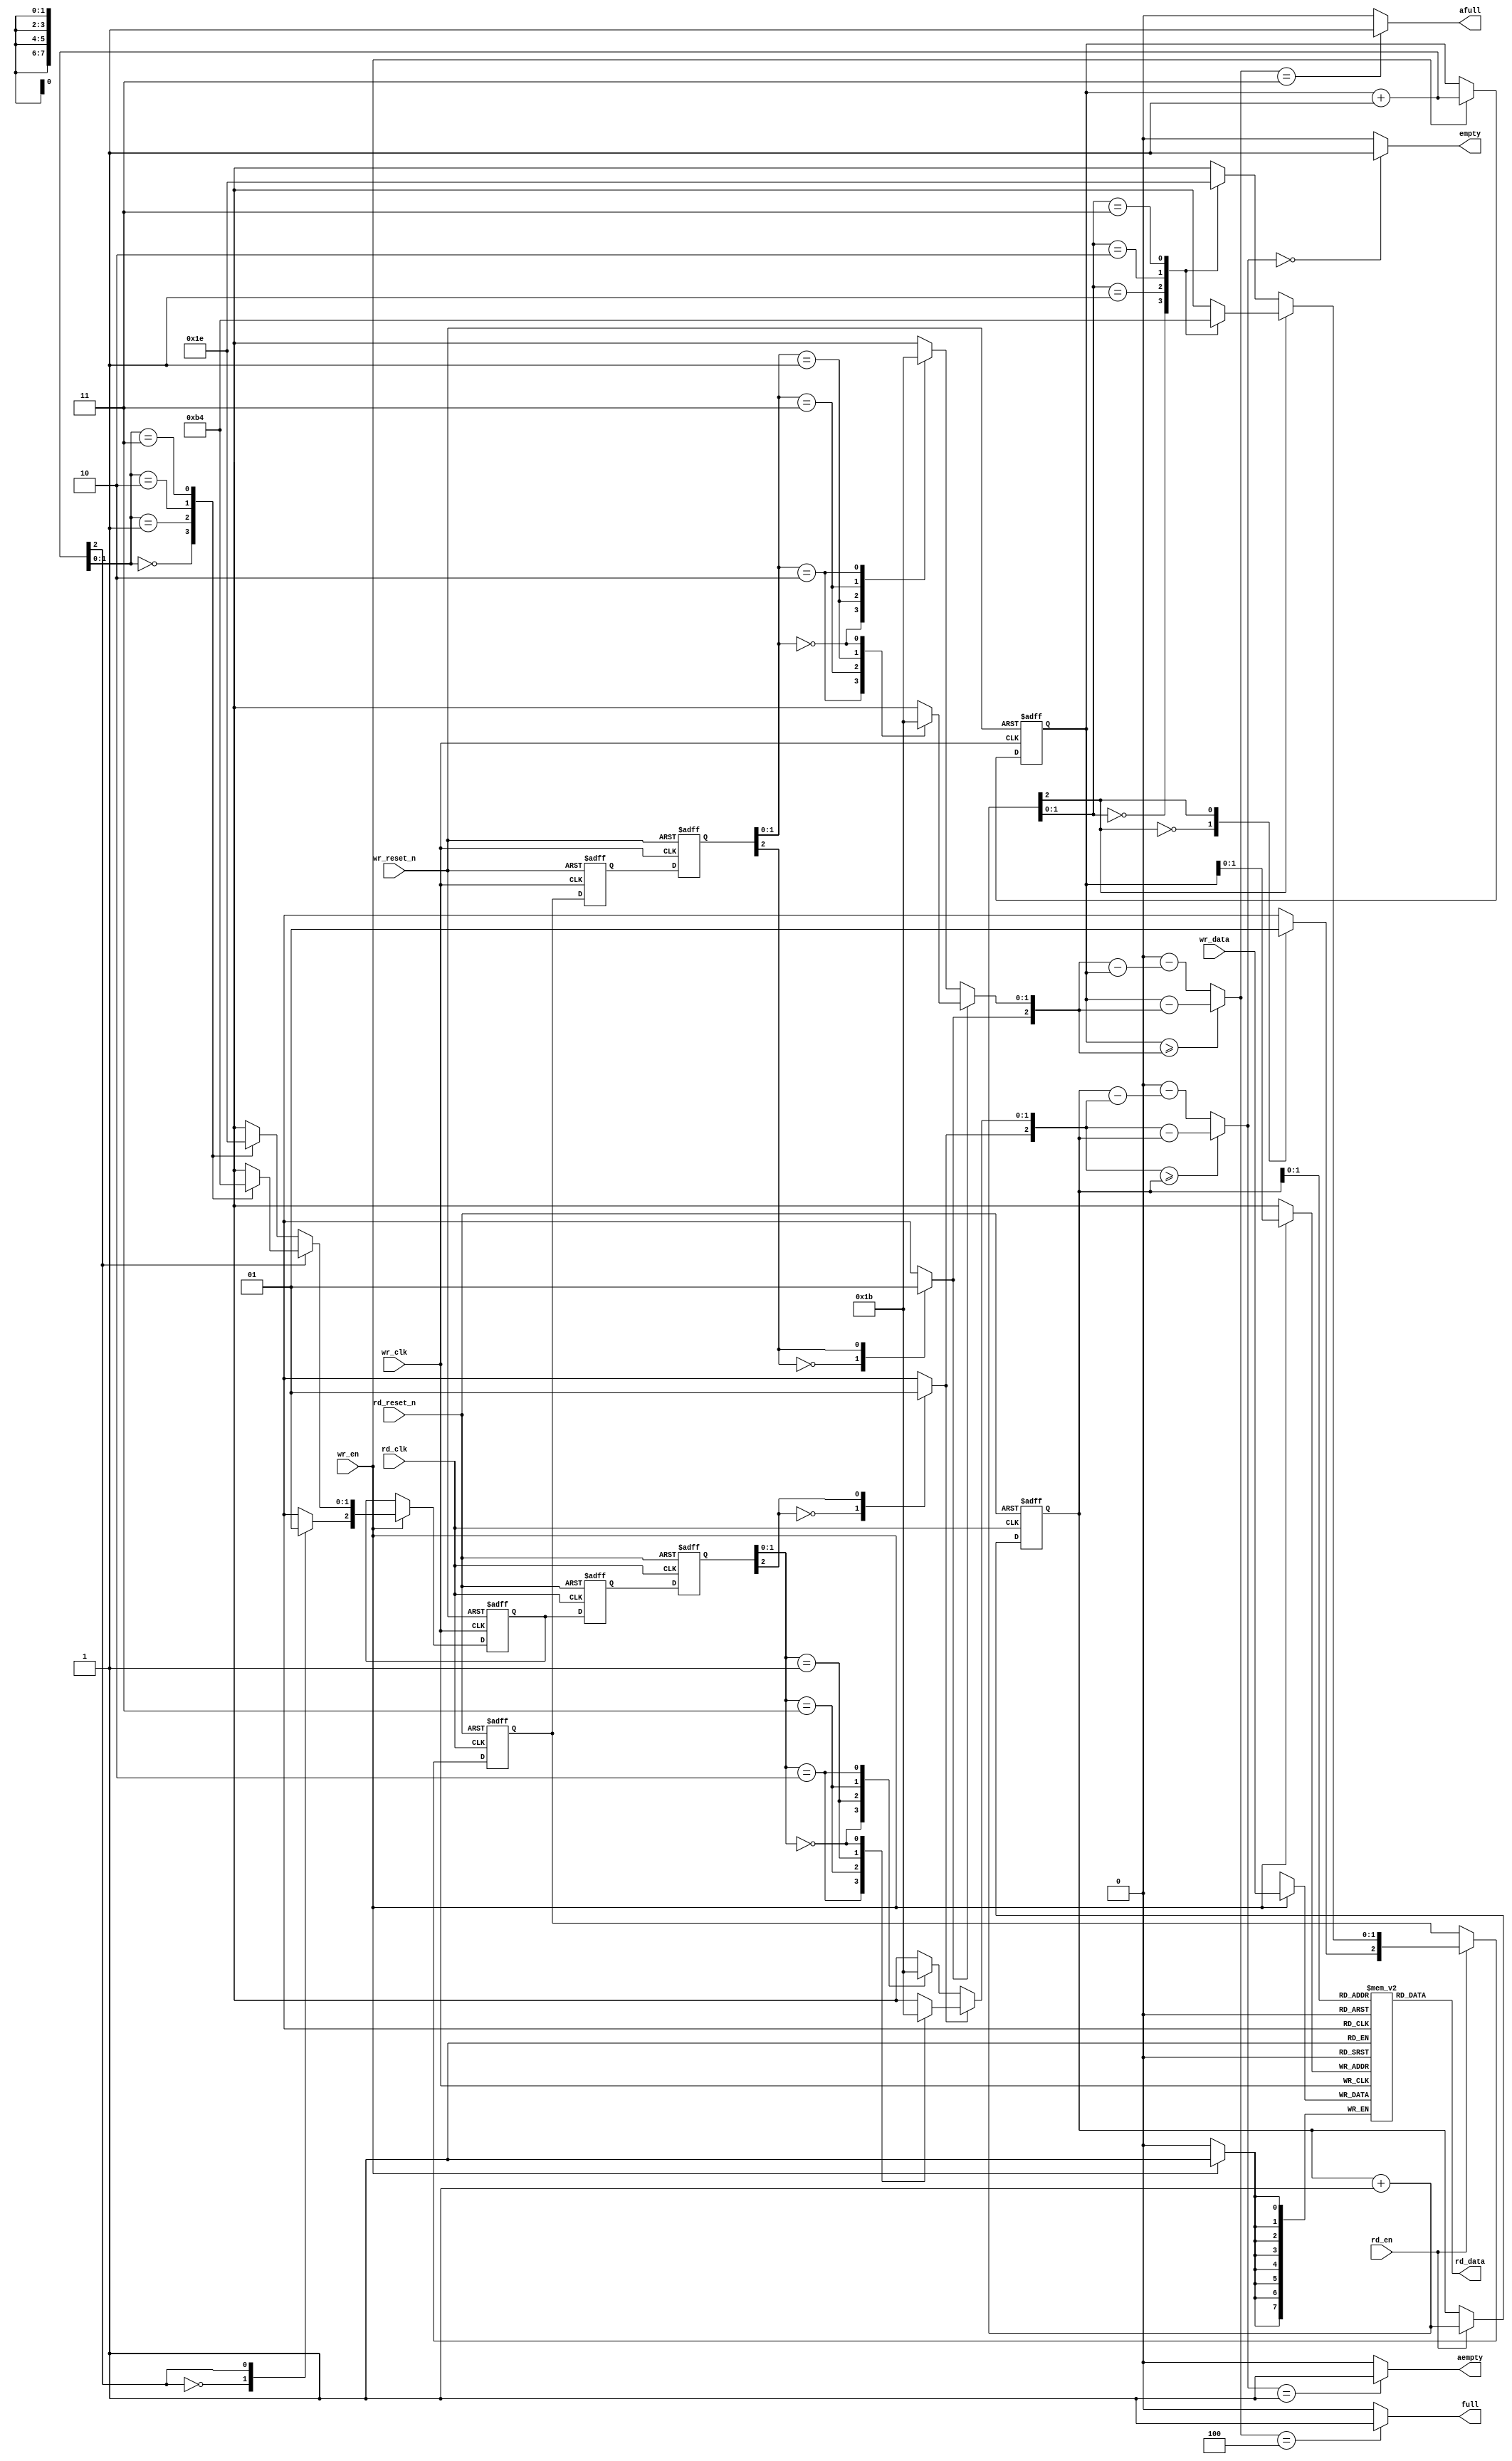
/*********************************************************************
                                                              
  ASYNC FIFO
                                                              
  This file is part of the sdram controller project           
  http://www.opencores.org/cores/sdr_ctrl/                    
                                                              
  Description: ASYNC FIFO 
                                                              
  To Do:                                                      
    nothing                                                   
                                                              
  Author(s):  Dinesh Annayya, dinesha@opencores.org                 
                                                             
 Copyright (C) 2000 Authors and OPENCORES.ORG                
                                                             
 This source file may be used and distributed without         
 restriction provided that this copyright statement is not    
 removed from the file and that any derivative work contains  
 the original copyright notice and the associated disclaimer. 
                                                              
 This source file is free software; you can redistribute it   
 and/or modify it under the terms of the GNU Lesser General   
 Public License as published by the Free Software Foundation; 
 either version 2.1 of the License, or (at your option) any   
later version.                                               
                                                              
 This source is distributed in the hope that it will be       
 useful, but WITHOUT ANY WARRANTY; without even the implied   
 warranty of MERCHANTABILITY or FITNESS FOR A PARTICULAR      
 PURPOSE.  See the GNU Lesser General Public License for more 
 details.                                                     
                                                              
 You should have received a copy of the GNU Lesser General    
 Public License along with this source; if not, download it   
 from http://www.opencores.org/lgpl.shtml                     
                                                              
*******************************************************************/

//-------------------------------------------
// async FIFO
//-----------------------------------------------
`timescale  1ns/1ps

module async_fifo (wr_clk,
                   wr_reset_n,
                   wr_en,
                   wr_data,
                   full,                 // sync'ed to wr_clk
                   afull,                 // sync'ed to wr_clk
                   rd_clk,
                   rd_reset_n,
                   rd_en,
                   empty,                // sync'ed to rd_clk
                   aempty,                // sync'ed to rd_clk
                   rd_data);

   parameter W = 4'd8;
   parameter DP = 3'd4;
   parameter WR_FAST = 1'b1;
   parameter RD_FAST = 1'b1;
   parameter FULL_DP = DP;
   parameter EMPTY_DP = 1'b0;

   parameter AW = (DP == 2)   ? 1 : 
		  (DP == 4)   ? 2 :
                  (DP == 8)   ? 3 :
                  (DP == 16)  ? 4 :
                  (DP == 32)  ? 5 :
                  (DP == 64)  ? 6 :
                  (DP == 128) ? 7 :
                  (DP == 256) ? 8 : 0;

   output [W-1 : 0]  rd_data;
   input [W-1 : 0]   wr_data;
   input             wr_clk, wr_reset_n, wr_en, rd_clk, rd_reset_n,
                     rd_en;
   output            full, empty;
   output            afull, aempty;       // about full and about to empty


   // synopsys translate_off

   initial begin
      if (AW == 0) begin
         $display ("%m : ERROR!!! Fifo depth %d not in range 2 to 256", DP);
      end // if (AW == 0)
   end // initial begin

   // synopsys translate_on

   reg [W-1 : 0]    mem[DP-1 : 0];

   /*********************** write side ************************/
   reg [AW:0] sync_rd_ptr_0, sync_rd_ptr_1; 
   wire [AW:0] sync_rd_ptr;
   reg [AW:0] wr_ptr, grey_wr_ptr;
   reg [AW:0] grey_rd_ptr;
   reg full_q;
   wire full_c;
   wire afull_c;
   wire [AW:0] wr_ptr_inc = wr_ptr + 1'b1;
   wire [AW:0] wr_cnt = get_cnt(wr_ptr, sync_rd_ptr);

   assign full_c  = (wr_cnt == FULL_DP) ? 1'b1 : 1'b0;
   assign afull_c = (wr_cnt == FULL_DP-1) ? 1'b1 : 1'b0;


   always @(posedge wr_clk or negedge wr_reset_n) begin
	if (!wr_reset_n) begin
		wr_ptr <= 0;
		grey_wr_ptr <= 0;
		full_q <= 0;	
	end
	else if (wr_en) begin
		wr_ptr <= wr_ptr_inc;
		grey_wr_ptr <= bin2grey(wr_ptr_inc);
		if (wr_cnt == (FULL_DP-1)) begin
			full_q <= 1'b1;
		end
	end
	else begin
	    	if (full_q && (wr_cnt<FULL_DP)) begin
			full_q <= 1'b0;
	     	end
	end
    end

    assign full  = (WR_FAST == 1) ? full_c : full_q;
    assign afull = afull_c;

    always @(posedge wr_clk) begin
	if (wr_en) begin
		mem[wr_ptr[AW-1:0]] <= wr_data;
	end
    end

    wire [AW:0] grey_rd_ptr_dly ;
    assign #1 grey_rd_ptr_dly = grey_rd_ptr;

    // read pointer synchronizer
    always @(posedge wr_clk or negedge wr_reset_n) begin
	if (!wr_reset_n) begin
		sync_rd_ptr_0 <= 0;
		sync_rd_ptr_1 <= 0;
	end
	else begin
		sync_rd_ptr_0 <= grey_rd_ptr_dly;		
		sync_rd_ptr_1 <= sync_rd_ptr_0;
	end
    end

    assign sync_rd_ptr = grey2bin(sync_rd_ptr_1);

   /************************ read side *****************************/
   reg [AW:0] sync_wr_ptr_0, sync_wr_ptr_1; 
   wire [AW:0] sync_wr_ptr;
   reg [AW:0] rd_ptr;
   reg empty_q;
   wire empty_c;
   wire aempty_c;
   wire [AW:0] rd_ptr_inc = rd_ptr + 1'b1;
   wire [AW:0] sync_wr_ptr_dec = sync_wr_ptr - 1'b1;
   wire [AW:0] rd_cnt = get_cnt(sync_wr_ptr, rd_ptr);
 
   assign empty_c  = (rd_cnt == 0) ? 1'b1 : 1'b0;
   assign aempty_c = (rd_cnt == 1) ? 1'b1 : 1'b0;

   always @(posedge rd_clk or negedge rd_reset_n) begin
      if (!rd_reset_n) begin
         rd_ptr <= 0;
	 grey_rd_ptr <= 0;
	 empty_q <= 1'b1;
      end
      else begin
         if (rd_en) begin
            rd_ptr <= rd_ptr_inc;
            grey_rd_ptr <= bin2grey(rd_ptr_inc);
            if (rd_cnt==(EMPTY_DP+1)) begin
               empty_q <= 1'b1;
            end
         end
         else begin
            if (empty_q && (rd_cnt!=EMPTY_DP)) begin
	      empty_q <= 1'b0;
	    end
         end
       end
    end

    assign empty  = (RD_FAST == 1) ? empty_c : empty_q;
    assign aempty = aempty_c;

    reg [W-1 : 0]  rd_data_q;

   wire [W-1 : 0] rd_data_c = mem[rd_ptr[AW-1:0]];
   always @(posedge rd_clk) begin
	rd_data_q <= rd_data_c;
   end
   assign rd_data  = (RD_FAST == 1) ? rd_data_c : rd_data_q;

    wire [AW:0] grey_wr_ptr_dly ;
    assign #1 grey_wr_ptr_dly =  grey_wr_ptr;

    // write pointer synchronizer
    always @(posedge rd_clk or negedge rd_reset_n) begin
	if (!rd_reset_n) begin
	   sync_wr_ptr_0 <= 0;
	   sync_wr_ptr_1 <= 0;
	end
	else begin
	   sync_wr_ptr_0 <= grey_wr_ptr_dly;		
	   sync_wr_ptr_1 <= sync_wr_ptr_0;
	end
    end
    assign sync_wr_ptr = grey2bin(sync_wr_ptr_1);

	
/************************ functions ******************************/
function [AW:0] bin2grey;
input [AW:0] bin;
reg [8:0] bin_8;
reg [8:0] grey_8;
begin
	bin_8 = bin;
	grey_8[1:0] = do_grey(bin_8[2:0]);
	grey_8[3:2] = do_grey(bin_8[4:2]);
	grey_8[5:4] = do_grey(bin_8[6:4]);
	grey_8[7:6] = do_grey(bin_8[8:6]);
	grey_8[8] = bin_8[8];
	bin2grey = grey_8;
end
endfunction

function [AW:0] grey2bin;
input [AW:0] grey;
reg [8:0] grey_8;
reg [8:0] bin_8;
begin
	grey_8 = grey;
	bin_8[8] = grey_8[8];
	bin_8[7:6] = do_bin({bin_8[8], grey_8[7:6]});
	bin_8[5:4] = do_bin({bin_8[6], grey_8[5:4]});
	bin_8[3:2] = do_bin({bin_8[4], grey_8[3:2]});
	bin_8[1:0] = do_bin({bin_8[2], grey_8[1:0]});
	grey2bin = bin_8;
end
endfunction


function [1:0] do_grey;
input [2:0] bin;
begin
	if (bin[2]) begin  // do reverse grey
		case (bin[1:0]) 
			2'b00: do_grey = 2'b10;
			2'b01: do_grey = 2'b11;
			2'b10: do_grey = 2'b01;
			2'b11: do_grey = 2'b00;
		endcase
	end
	else begin
		case (bin[1:0]) 
			2'b00: do_grey = 2'b00;
			2'b01: do_grey = 2'b01;
			2'b10: do_grey = 2'b11;
			2'b11: do_grey = 2'b10;
		endcase
	end
end
endfunction

function [1:0] do_bin;
input [2:0] grey;
begin
	if (grey[2]) begin	// actually bin[2]
		case (grey[1:0])
			2'b10: do_bin = 2'b00;
			2'b11: do_bin = 2'b01;
			2'b01: do_bin = 2'b10;
			2'b00: do_bin = 2'b11;
		endcase
	end
	else begin
		case (grey[1:0])
			2'b00: do_bin = 2'b00;
			2'b01: do_bin = 2'b01;
			2'b11: do_bin = 2'b10;
			2'b10: do_bin = 2'b11;
		endcase
	end
end
endfunction
			
function [AW:0] get_cnt;
input [AW:0] wr_ptr, rd_ptr;
begin
	if (wr_ptr >= rd_ptr) begin
		get_cnt = (wr_ptr - rd_ptr);	
	end
	else begin
		get_cnt = DP*2 - (rd_ptr - wr_ptr);
	end
end
endfunction

// synopsys translate_off
always @(posedge wr_clk) begin
   if (wr_en && full) begin
      $display($time, "%m Error! afifo overflow!");
      $stop;
   end
end

always @(posedge rd_clk) begin
   if (rd_en && empty) begin
      $display($time, "%m error! afifo underflow!");
      $stop;
   end
end
// synopsys translate_on

endmodule